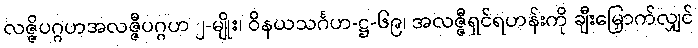
လဇ္ဇိပဂ္ဂဟအလဇ္ဇီပဂ္ဂဟ ၂-မျိုး၊ ဝိနယသင်္ဂဟ-ဋ္ဌ-၆၉၊ အလဇ္ဇီရှင်ရဟန်းကို ချီးမြှောက်လျှင်